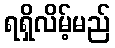
ရရှိလိမ့်မည်